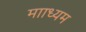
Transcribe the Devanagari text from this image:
मााध्यम